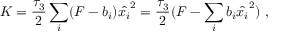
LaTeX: K = { \frac { \tau _ { 3 } } { 2 } } \sum _ { i } ( F - b _ { i } ) \hat { x _ { i } } ^ { 2 } = { \frac { \tau _ { 3 } } { 2 } } ( F - \sum _ { i } b _ { i } \hat { x _ { i } } ^ { 2 } ) \ ,